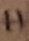
Text: 11